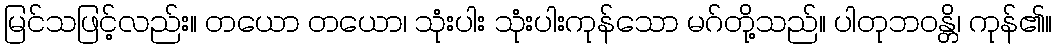
မြင်သဖြင့်လည်း။ တယော တယော၊ သုံးပါး သုံးပါးကုန်သော မဂ်တို့သည်။ ပါတုဘဝန္တိ၊ ကုန်၏။